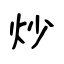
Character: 炒